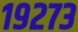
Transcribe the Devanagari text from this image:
१९२७३